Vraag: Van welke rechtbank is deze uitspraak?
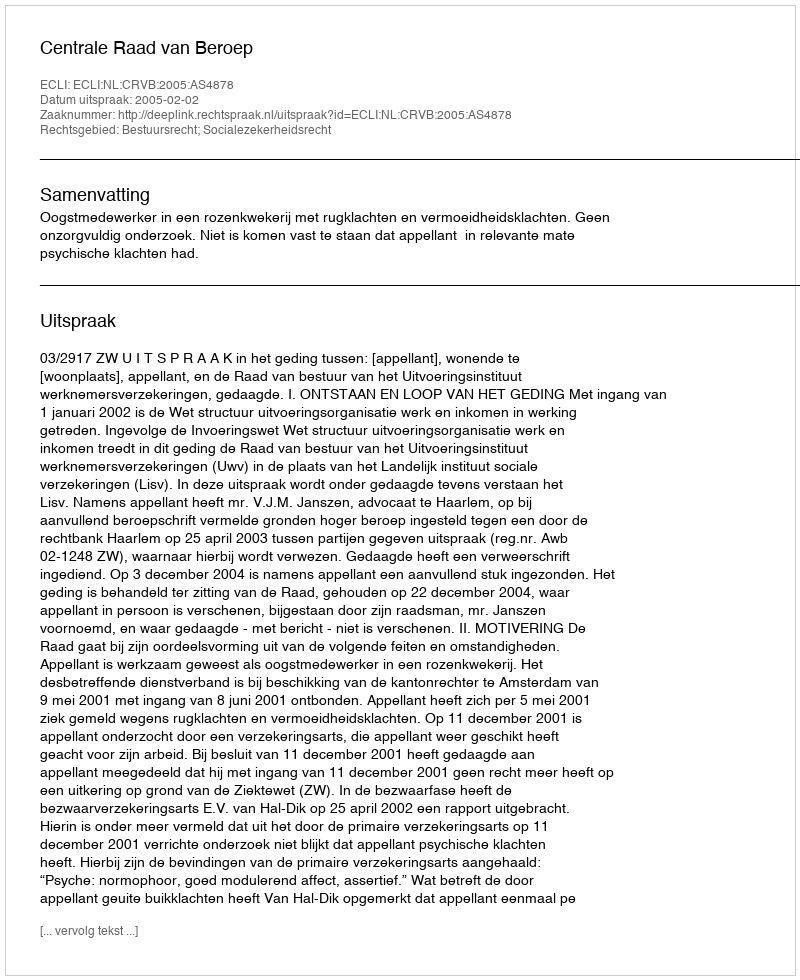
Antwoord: Centrale Raad van Beroep